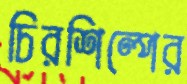
চিরশিল্পের